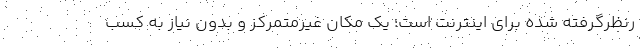
رنظرگرفته شده برای اینترنت است؛ یک مکان غیرمتمرکز و بدون نیاز به کسب